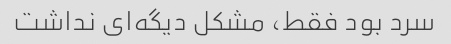
سرد بود فقط، مشکل دیگه‌ای نداشت